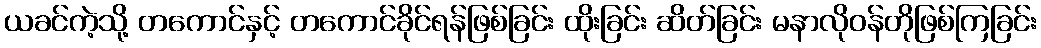
ယခင်ကဲ့သို့ တကောင်နှင့် တကောင်ခိုင်ရန်ဖြစ်ခြင်း ထိုးခြင်း ဆိတ်ခြင်း မနာလိုဝန်တိုဖြစ်ကြခြင်း